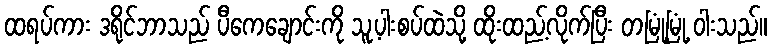
ထရပ်ကား ဒရိုင်ဘာသည် ပီကေချောင်းကို သူ့ပါးစပ်ထဲသို့ ထိုးထည့်လိုက်ပြီး တမြုံ့မြုံ့ ဝါးသည်။